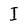
Character: I